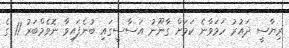
ރިޔާސީ ދައުރު ހަމަވާނެ ކަމަށް ގާނޫނު އަސާސީގައި ބުނެފައިވާ ނޮވެމްބަރު 11 ގެ